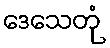
ဒေသေတုံ